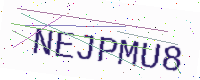
Text: NEJPMU8